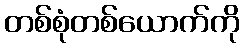
တစ်စုံတစ်ယောက်ကို